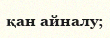
қан айналу;